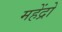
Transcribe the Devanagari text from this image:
महेंद्रो